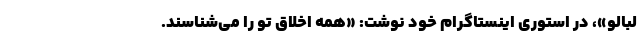
لبالو»، در استوری اینستاگرام خود نوشت: «همه اخلاق تو را می‌شناسند.